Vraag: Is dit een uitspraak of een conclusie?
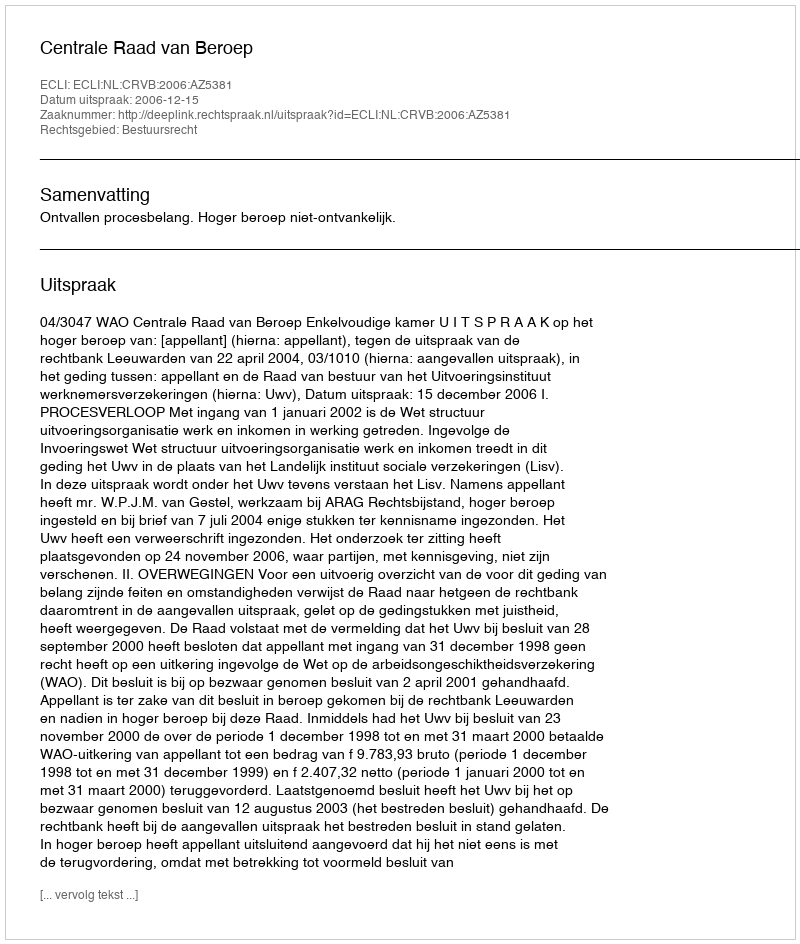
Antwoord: Uitspraak